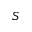
S